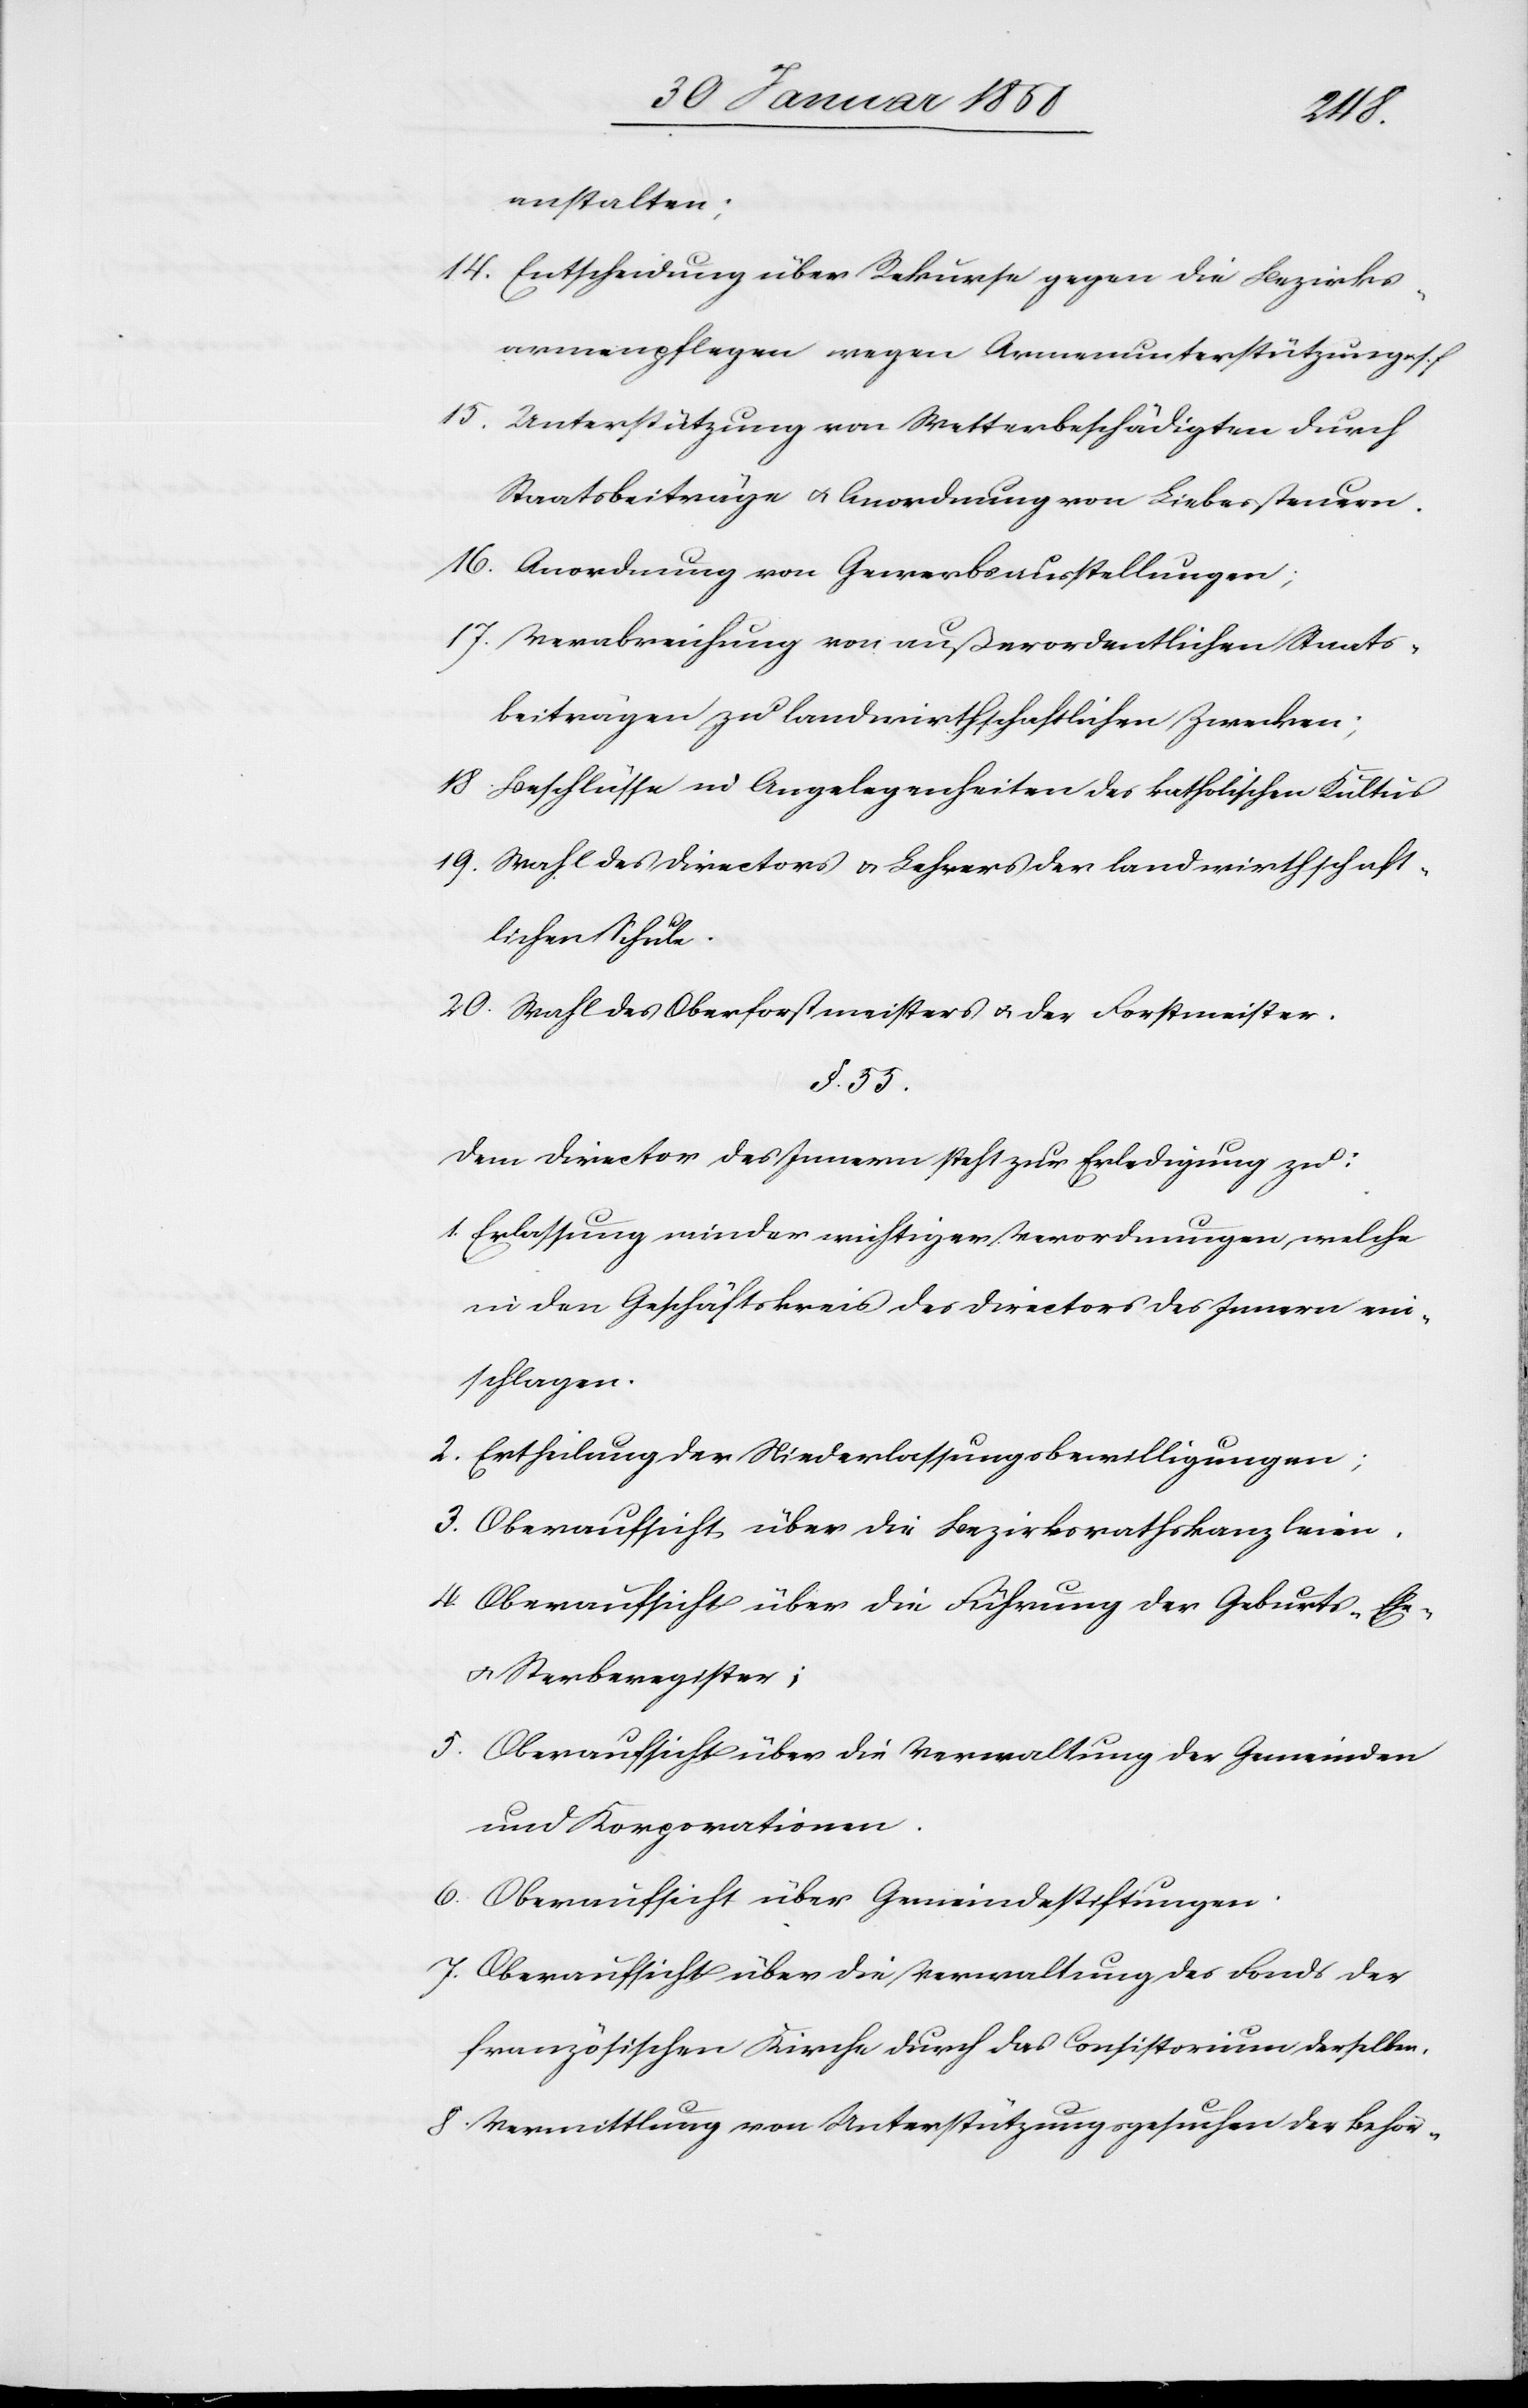
anstalten;
14. Entscheidung über Rekurse gegen die Bezirks¬
armenpflegen wegen Armenunterstützung u. s.
15. Unterstützung von Wetterbeschädigten durch
Staatsbeiträge u. Anordnung von Liebessteuern.
16. Anordnung von Gewerbsausstellungen;
17. Verabreichung von außerordentlichen Staats¬
beiträgen zu landwirthschaftlichen Zwecken;
18. Beschlüsse in Angelegenheiten des katholischen Kultus
19. Wahl des Directors u. Lehrers der landwirthschaft¬
lichen Schule.
20. Wahl des Oberforstmeisters u. der Forstmeister.
§. 55.
Dem Director des Innern steht zur Erledigung zu:
1. Erlassung minder wichtiger Verordnungen, welche
in den Geschäftskreis des Directors des Innern ein¬
schlagen.
2. Ertheilung der Niederlassungsbewilligungen;
3. Oberaufsicht über die Bezirksrathskanzleien.
4. Oberaufsicht über die Führung der Geburts-[,]
u. Sterberegister;
5. Oberaufsicht über die Verwaltung der Gemeinden
und Korporationen.
6. Oberaufsicht über Gemeindestiftungen.
7. Oberaufsicht über die Verwaltung des Fonds der
französischen Kirche durch das Consistorium derselben,
8. Vermittlung von Unterstützungsgesuchen der Behör-